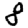
Digit: 8